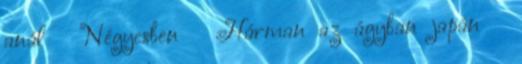
anál ▪ Négyesben ▪ Hárman az ágyban japán ▪